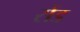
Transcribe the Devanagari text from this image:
रोंड